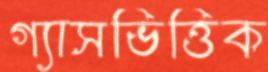
গ্যাসভিত্তিক